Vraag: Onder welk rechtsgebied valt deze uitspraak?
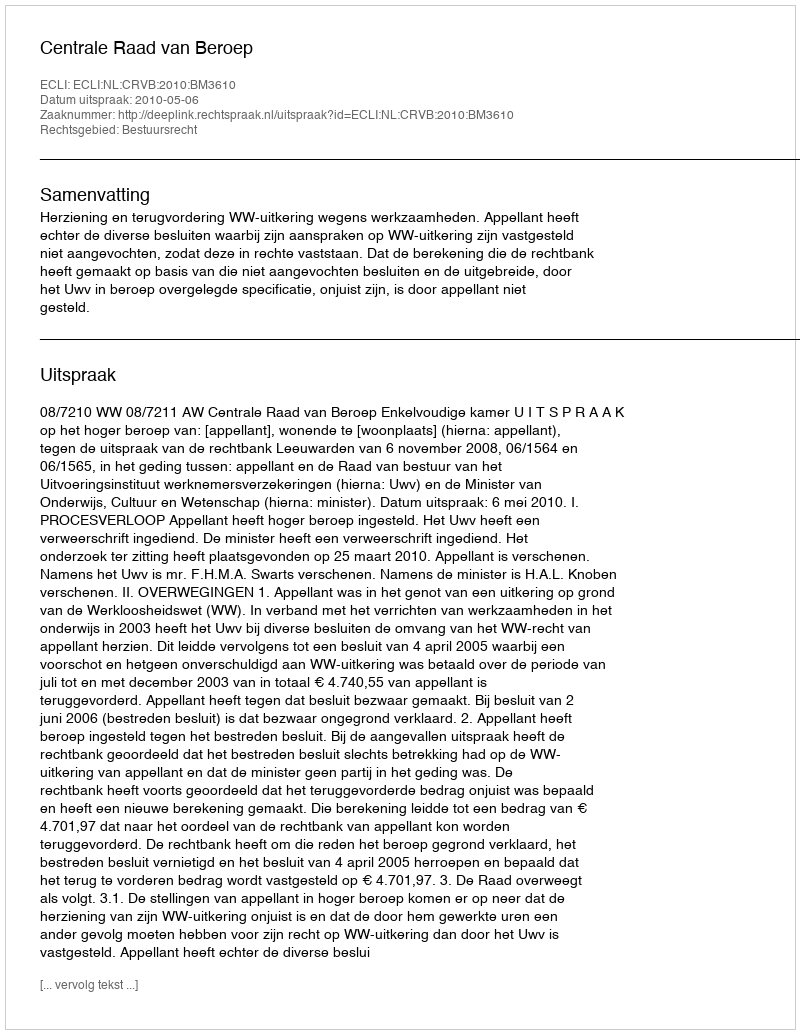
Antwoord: Bestuursrecht